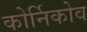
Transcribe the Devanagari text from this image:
कोर्निकोव